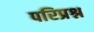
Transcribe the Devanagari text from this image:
परिप्रश्न